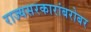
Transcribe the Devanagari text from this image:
राज्यसरकारांबरोबर